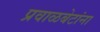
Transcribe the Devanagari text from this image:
प्रवाळबेटांना